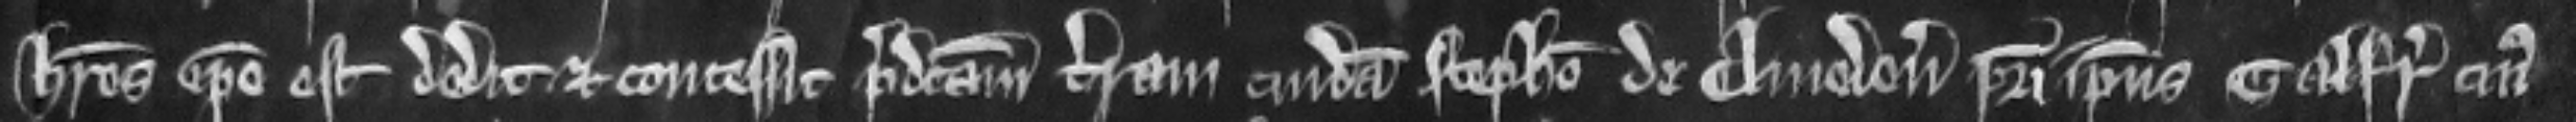
heres ipse est dedit et concessit predictam terram cuidam Stephano de Cliveden   patri ipsius Galfridi cujus